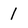
Character: 1